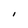
Character: I